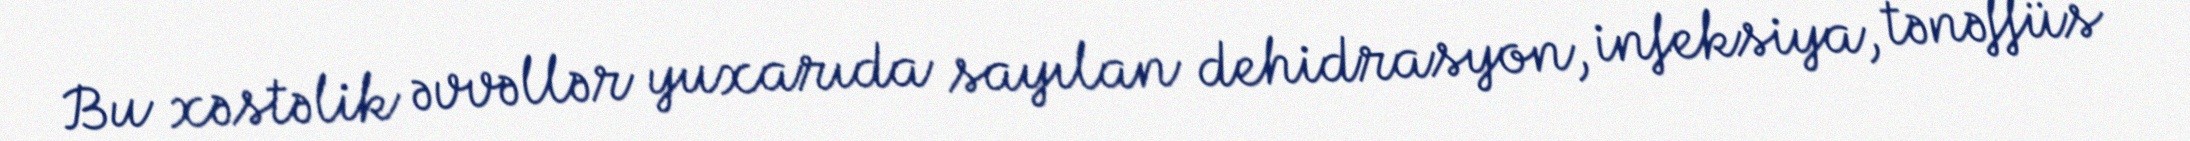
Bu xəstəlik əvvəllər yuxarıda sayılan dehidrasyon, infeksiya, tənəffüs